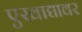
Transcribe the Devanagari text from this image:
एखाद्यावर